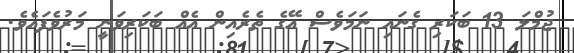
ޖުމްލަ 13 ބަކަރި ގެނައި ނަމަވެސް އޭގެ ތެރެއިން އެއް ބަކަރިވަނީ މަރުވެފައެވެ.